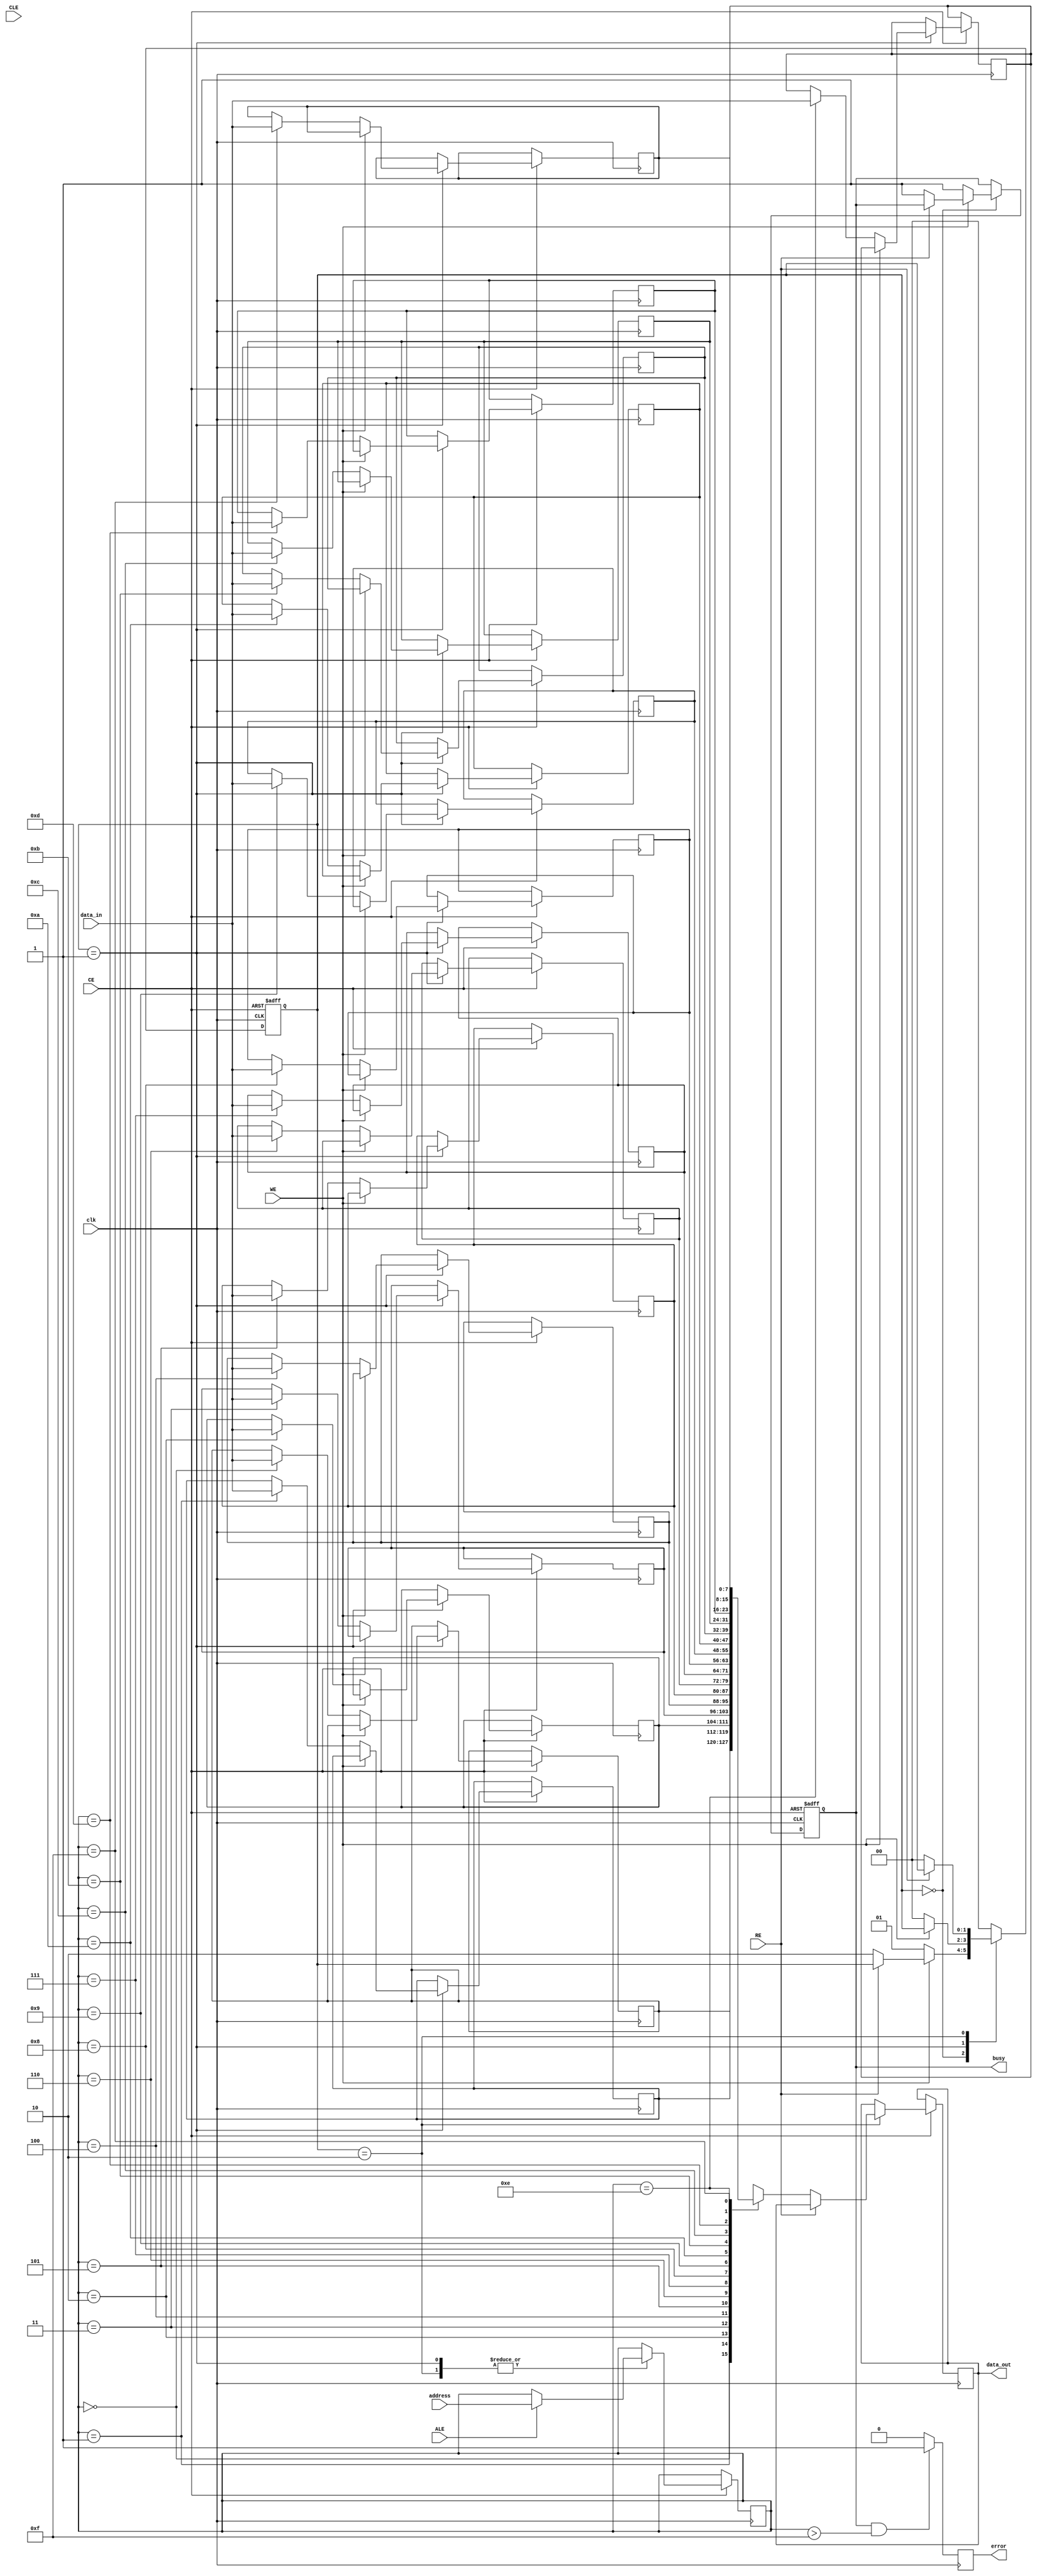
module slc_nand_io_block (
    input wire [7:0] data_in,      // Data input (D0-D7)
    output reg [7:0] data_out,     // Data output (D0-D7)
    input wire WE,                  // Write Enable (active low)
    input wire RE,                  // Read Enable (active low)
    input wire CE,                  // Chip Enable (active low)
    input wire ALE,                 // Address Latch Enable
    input wire CLE,                 // Command Latch Enable
    input wire [3:0] address,       // Address bus (A0-A3)
    output reg busy,                // Status register (busy flag)
    output reg error,               // Status register (error flag)
    input wire clk                  // Clock signal
);

    // Memory array (16 bytes for simplicity)
    reg [7:0] memory_array [0:15];
    reg [3:0] current_address;

    // Internal state
    reg [1:0] state; // 0: Idle, 1: Write, 2: Read

    // State machine for read/write operations
    always @(posedge clk or negedge CE) begin
        if (!CE) begin
            busy <= 1'b0; // Reset busy flag on chip disable
            state <= 2'b00; // Go to idle state
        end else begin
            case (state)
                2'b00: begin // Idle state
                    if (!WE) begin // Write operation
                        state <= 2'b01; // Go to write state
                        busy <= 1'b1; // Set busy flag
                    end else if (!RE) begin // Read operation
                        state <= 2'b10; // Go to read state
                        busy <= 1'b1; // Set busy flag
                    end
                end
                2'b01: begin // Write state
                    if (ALE) begin // Address latch enable
                        current_address <= address; // Latch address
                    end
                    if (!WE) begin // Perform write
                        memory_array[current_address] <= data_in; // Write data
                        state <= 2'b00; // Return to idle state
                    end
                end
                2'b10: begin // Read state
                    if (ALE) begin // Address latch enable
                        current_address <= address; // Latch address
                    end
                    if (!RE) begin // Perform read
                        data_out <= memory_array[current_address]; // Read data
                        state <= 2'b00; // Return to idle state
                    end
                end
                default: state <= 2'b00; // Default to idle
            endcase
        end
    end

    // Error handling (simple example)
    always @(posedge clk) begin
        if (busy && (current_address > 4'd15)) begin
            error <= 1'b1; // Set error if address is out of bounds
        end else begin
            error <= 1'b0; // Clear error
        end
    end

endmodule